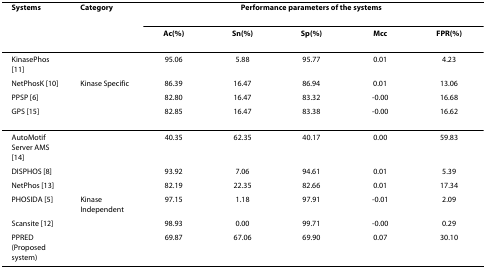
<table><thead><tr><td><b>Systems</b></td><td><b>Category</b></td><td colspan="5"><b>Performance parameters of the systems</b></td></tr><tr><td></td><td></td><td><b>Ac(%)</b></td><td><b>Sn(%)</b></td><td><b>Sp(%)</b></td><td><b>Mcc</b></td><td><b>FPR(%)</b></td></tr></thead><tbody><tr><td>KinasePhos [11]</td><td></td><td>95.06</td><td>5.88</td><td>95.77</td><td>0.01</td><td>4.23</td></tr><tr><td>NetPhosK [10]</td><td>Kinase Specific</td><td>86.39</td><td>16.47</td><td>86.94</td><td>0.01</td><td>13.06</td></tr><tr><td>PPSP [6]</td><td></td><td>82.80</td><td>16.47</td><td>83.32</td><td>-0.00</td><td>16.68</td></tr><tr><td>GPS [15]</td><td></td><td>82.85</td><td>16.47</td><td>83.38</td><td>-0.00</td><td>16.62</td></tr><tr><td>AutoMotif Server AMS [14]</td><td></td><td>40.35</td><td>62.35</td><td>40.17</td><td>0.00</td><td>59.83</td></tr><tr><td>DISPHOS [8]</td><td></td><td>93.92</td><td>7.06</td><td>94.61</td><td>0.01</td><td>5.39</td></tr><tr><td>NetPhos [13]</td><td></td><td>82.19</td><td>22.35</td><td>82.66</td><td>0.01</td><td>17.34</td></tr><tr><td>PHOSIDA [5]</td><td>Kinase Independent</td><td>97.15</td><td>1.18</td><td>97.91</td><td>-0.01</td><td>2.09</td></tr><tr><td>Scansite [12]</td><td></td><td>98.93</td><td>0.00</td><td>99.71</td><td>-0.00</td><td>0.29</td></tr><tr><td>PPRED (Proposed system)</td><td></td><td>69.87</td><td>67.06</td><td>69.90</td><td>0.07</td><td>30.10</td></tr></tbody></table>